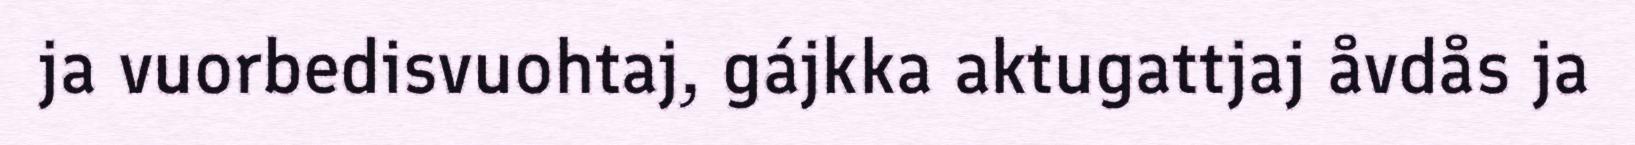
ja vuorbedisvuohtaj, gájkka aktugattjaj åvdås ja